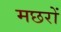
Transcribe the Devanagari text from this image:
मछरों